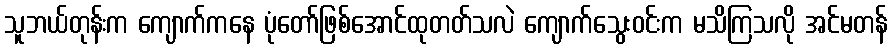
သူဘယ်တုန်းက ကျောက်ကနေ ပုံတော်ဖြစ်အောင်ထုတတ်သလဲ ကျောက်သွေးဝင်းက မသိကြသလို အင်မတန်